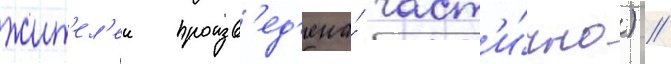
жит'ел'еи произв'ед'ена́ част'и́чно) //